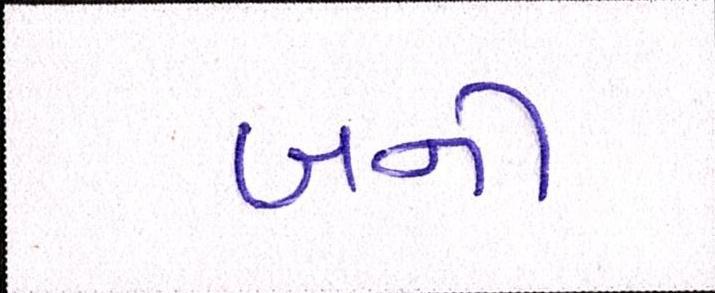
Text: બની